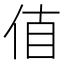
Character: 𠉊